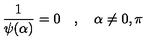
{ \frac { 1 } { \psi ( \alpha ) } } = 0 \quad , \quad \alpha \neq 0 , \pi